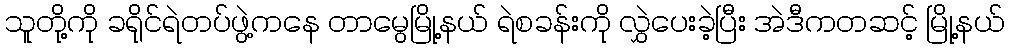
သူတို့ကို ခရိုင်ရဲတပ်ဖွဲ့ကနေ တာမွေမြို့နယ် ရဲစခန်းကို လွှဲပေးခဲ့ပြီး အဲဒီကတဆင့် မြို့နယ်